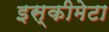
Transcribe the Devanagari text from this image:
इस्कीमेटा